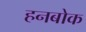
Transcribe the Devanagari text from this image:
हनबोक